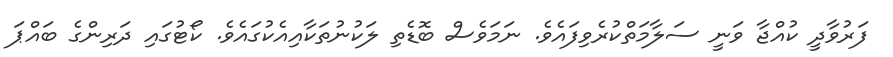
ފަރުވާދީ ކުއްޖާ ވަނީ ސަލާމަތްކުރެވިފައެވެ. ނަމަވެސް ބޮޑެތި ލަކުނުތަކާއިއެކުގައެވެ. ކޯޓުގައި ދަރިންގެ ބައްޕަ